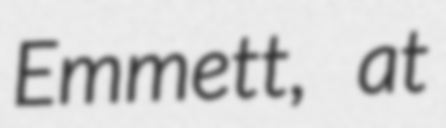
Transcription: Emmett, at